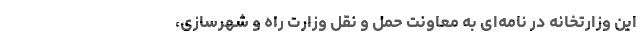
این وزارتخانه در نامه‌ای به معاونت حمل و نقل وزارت راه و شهرسازی،